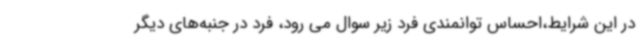
در این شرایط،احساس توانمندی فرد زیر سوال می رود، فرد در جنبه‌های دیگر